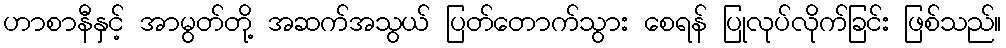
ဟာစာနီနှင့် အာမွတ်တို့ အဆက်အသွယ် ပြတ်တောက်သွား စေရန် ပြုလုပ်လိုက်ခြင်း ဖြစ်သည်။